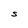
Character: S